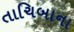
તાચિબાના